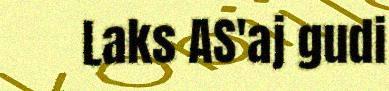
Laks AS'aj gudi